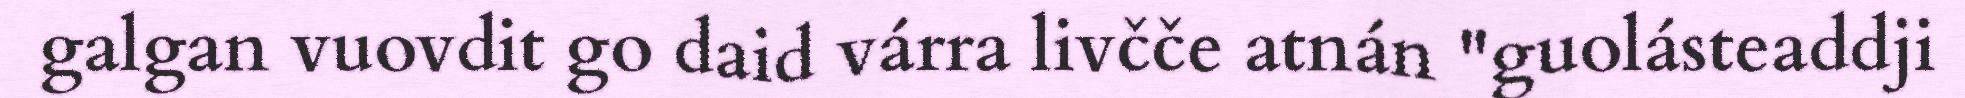
galgan vuovdit go daid várra livčče atnán "guolásteaddji